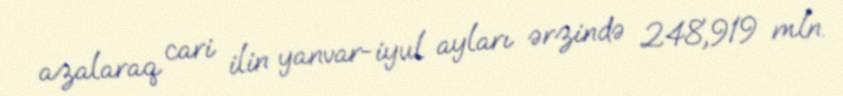
azalaraq cari ilin yanvar-iyul ayları ərzində 248,919 mln.